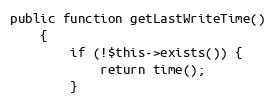
Language: PHP
public function getLastWriteTime()
    {
        if (!$this->exists()) {
            return time();
        }